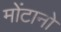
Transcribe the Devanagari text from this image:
मोंटानो